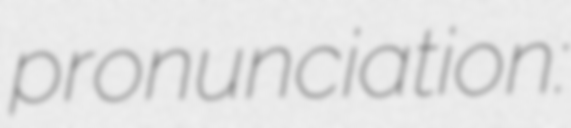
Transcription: pronunciation: